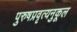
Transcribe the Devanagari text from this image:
पुरुषप्रवृत्यनुकूल